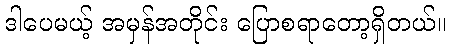
ဒါပေမယ့် အမှန်အတိုင်း ပြောစရာတော့ရှိတယ်။